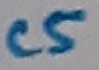
Text: C5